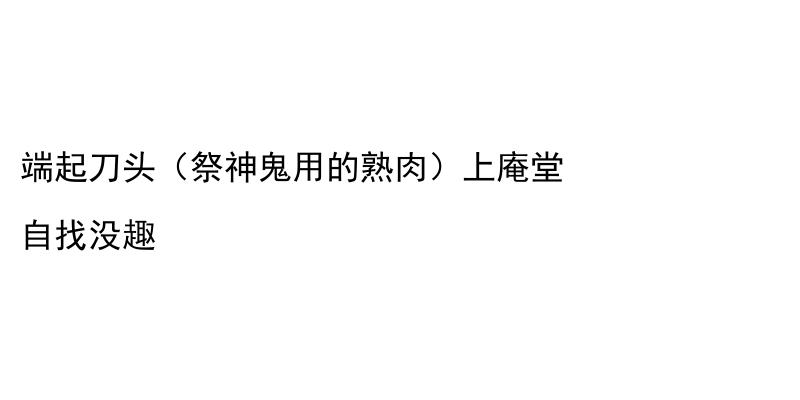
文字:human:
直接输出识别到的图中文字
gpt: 端起刀头（祭神鬼用的熟肉）上庵堂 自找没趣